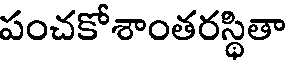
పంచకోశాంతరస్థితా